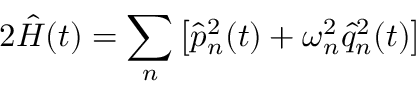
2 \hat { { \cal H } } ( t ) = \sum _ { n } \left[ \hat { p } _ { n } ^ { 2 } ( t ) + \omega _ { n } ^ { 2 } \hat { q } _ { n } ^ { 2 } ( t ) \right]